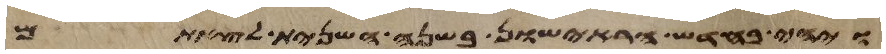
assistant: ויהי בחדש הראישון בשנה השנית לצאתם